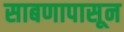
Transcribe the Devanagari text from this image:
साबणापासून